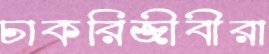
চাকরিজীবীরা